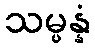
သမ္ပန္နံ